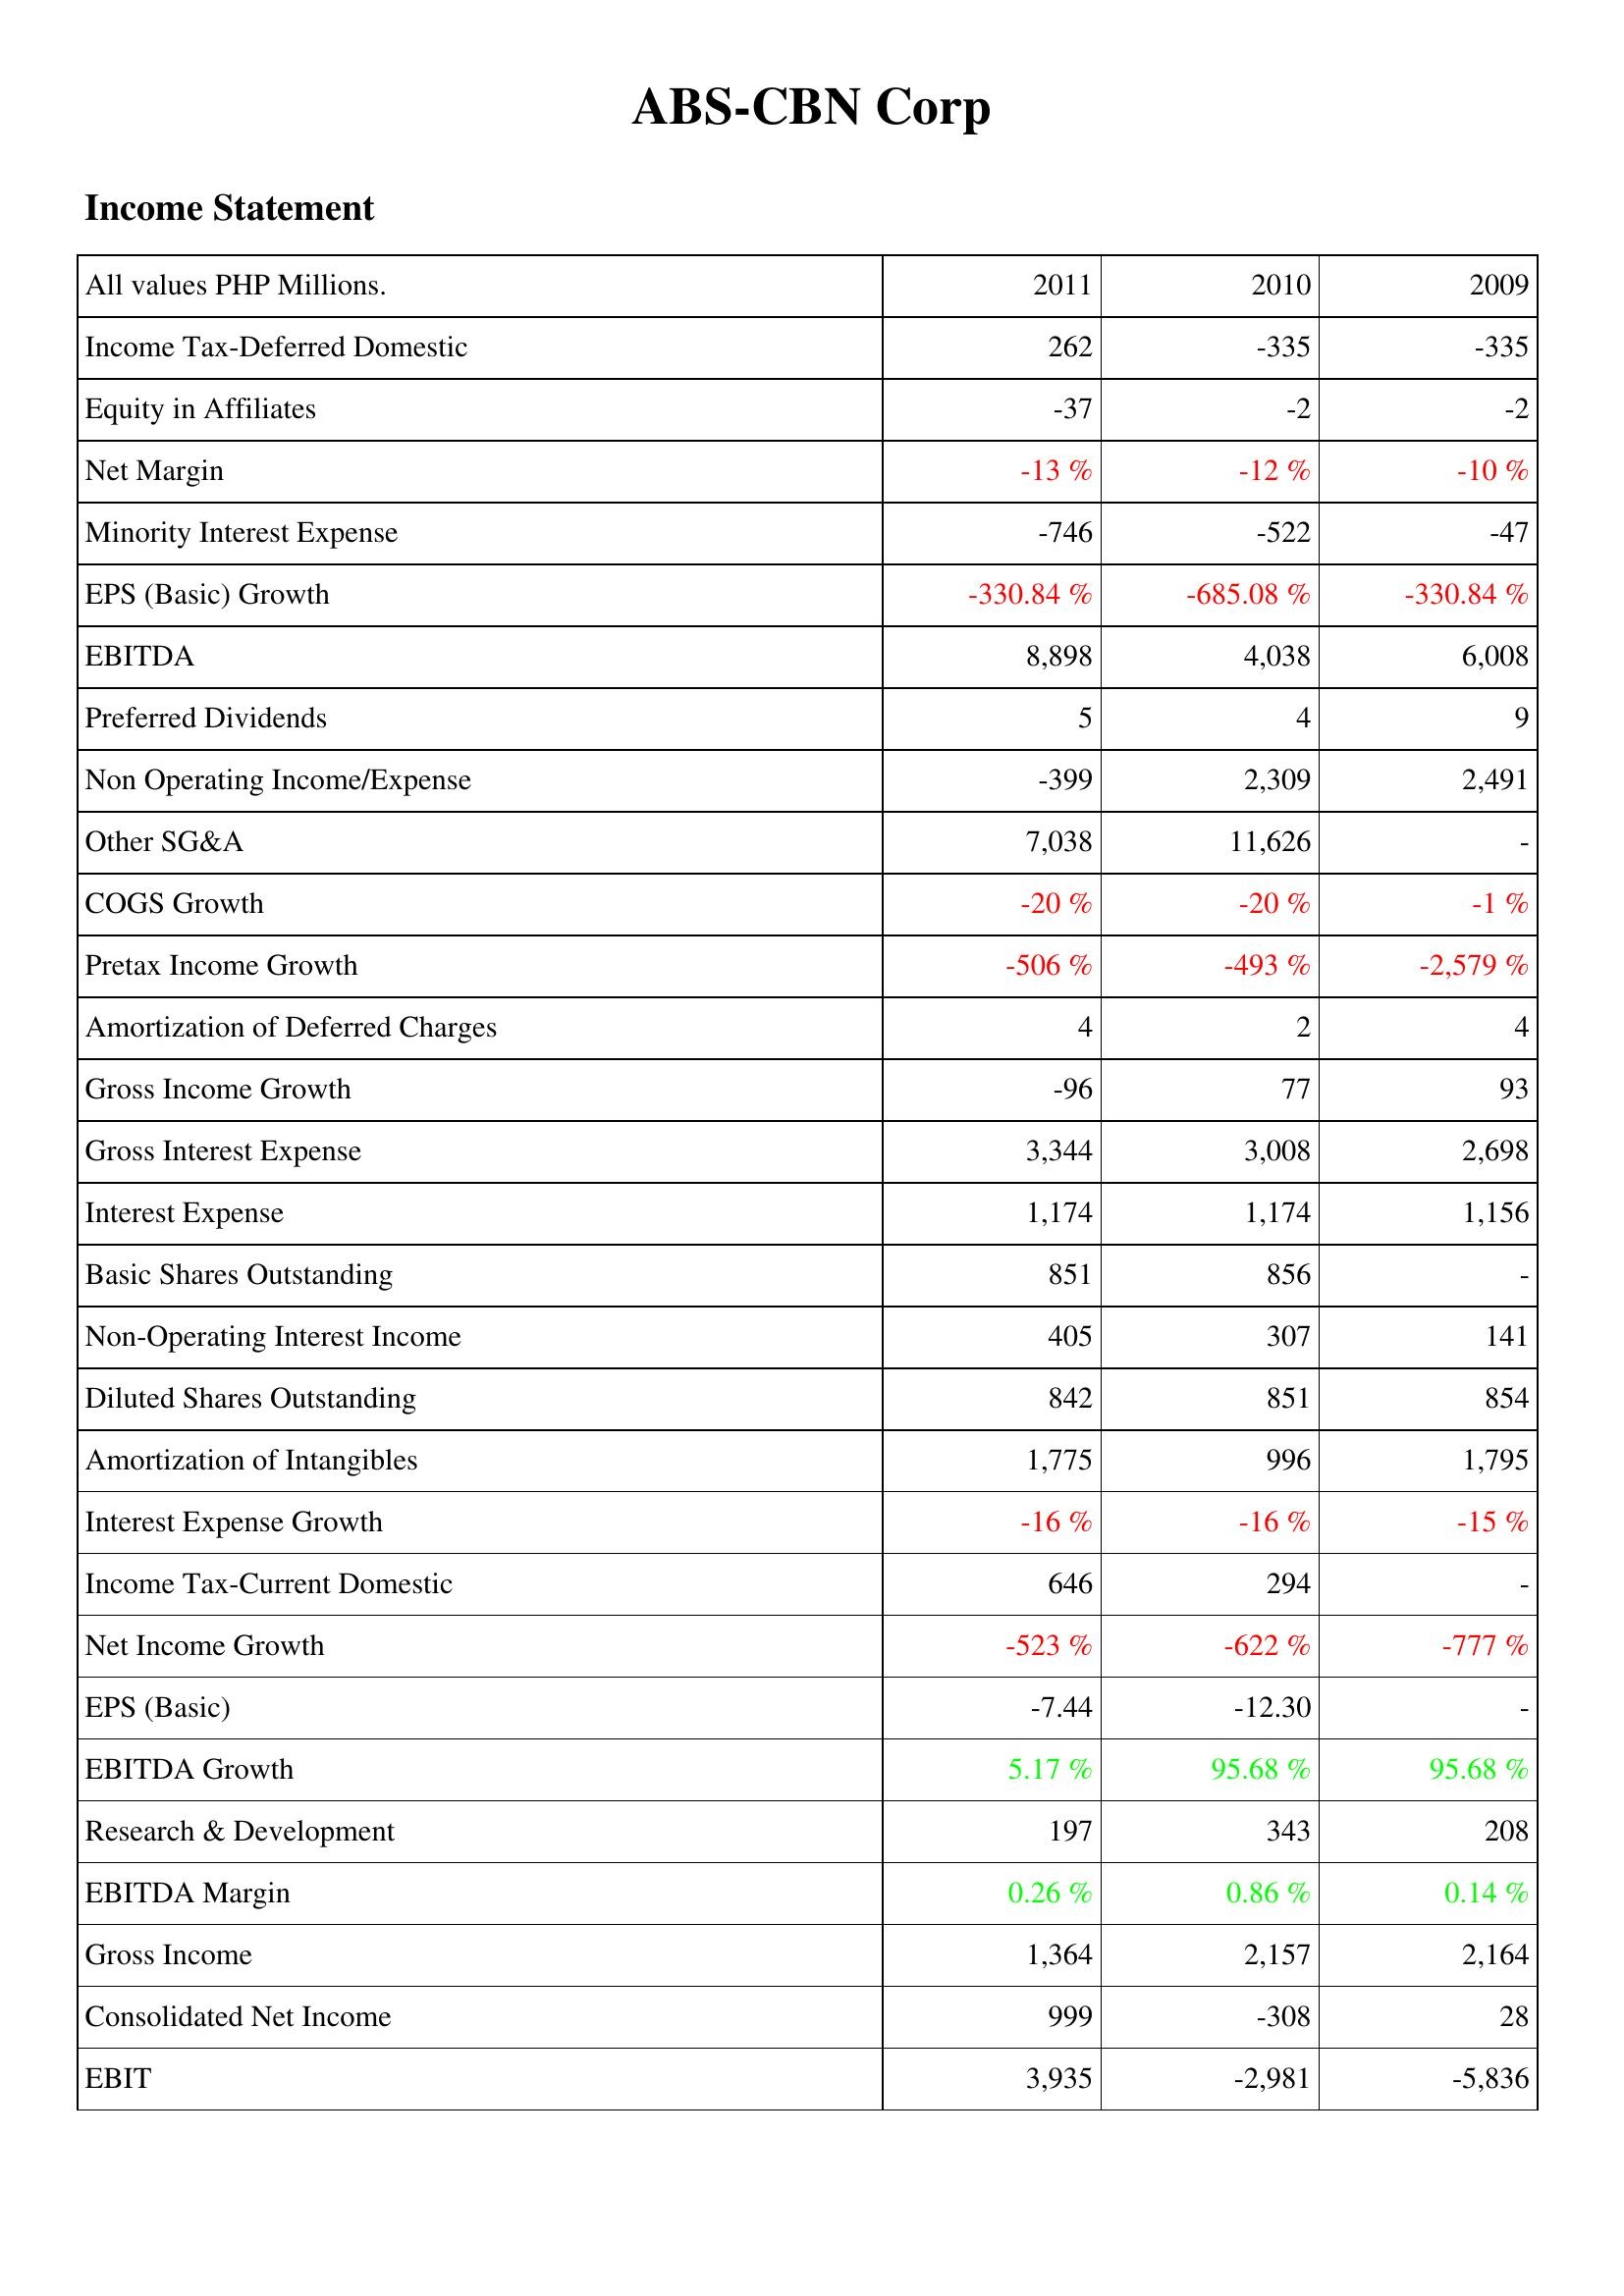
2011: Income Statement: Income Tax-Deferred Domestic: 262
Equity in Affiliates: -37
Net Margin: -13 %
Minority Interest Expense: -746
EPS (Basic) Growth: -330.84 %
EBITDA: 8,898
Preferred Dividends: 5
Non Operating Income/Expense: -399
Other SG&A: 7,038
COGS Growth: -20 %
Pretax Income Growth: -506 %
Amortization of Deferred Charges: 4
Gross Income Growth: -96
Gross Interest Expense: 3,344
Interest Expense: 1,174
Basic Shares Outstanding: 851
Non-Operating Interest Income: 405
Diluted Shares Outstanding: 842
Amortization of Intangibles: 1,775
Interest Expense Growth: -16 %
Income Tax-Current Domestic: 646
Net Income Growth: -523 %
EPS (Basic): -7.44
EBITDA Growth: 5.17 %
Research & Development: 197
EBITDA Margin: 0.26 %
Gross Income: 1,364
Consolidated Net Income: 999
EBIT: 3,935
2010: Income Statement: Income Tax-Deferred Domestic: -335
Equity in Affiliates: -2
Net Margin: -12 %
Minority Interest Expense: -522
EPS (Basic) Growth: -685.08 %
EBITDA: 4,038
Preferred Dividends: 4
Non Operating Income/Expense: 2,309
Other SG&A: 11,626
COGS Growth: -20 %
Pretax Income Growth: -493 %
Amortization of Deferred Charges: 2
Gross Income Growth: 77
Gross Interest Expense: 3,008
Interest Expense: 1,174
Basic Shares Outstanding: 856
Non-Operating Interest Income: 307
Diluted Shares Outstanding: 851
Amortization of Intangibles: 996
Interest Expense Growth: -16 %
Income Tax-Current Domestic: 294
Net Income Growth: -622 %
EPS (Basic): -12.30
EBITDA Growth: 95.68 %
Research & Development: 343
EBITDA Margin: 0.86 %
Gross Income: 2,157
Consolidated Net Income: -308
EBIT: -2,981
2009: Income Statement: Income Tax-Deferred Domestic: -335
Equity in Affiliates: -2
Net Margin: -10 %
Minority Interest Expense: -47
EPS (Basic) Growth: -330.84 %
EBITDA: 6,008
Preferred Dividends: 9
Non Operating Income/Expense: 2,491
Other SG&A: -
COGS Growth: -1 %
Pretax Income Growth: -2,579 %
Amortization of Deferred Charges: 4
Gross Income Growth: 93
Gross Interest Expense: 2,698
Interest Expense: 1,156
Basic Shares Outstanding: -
Non-Operating Interest Income: 141
Diluted Shares Outstanding: 854
Amortization of Intangibles: 1,795
Interest Expense Growth: -15 %
Income Tax-Current Domestic: -
Net Income Growth: -777 %
EPS (Basic): -
EBITDA Growth: 95.68 %
Research & Development: 208
EBITDA Margin: 0.14 %
Gross Income: 2,164
Consolidated Net Income: 28
EBIT: -5,836